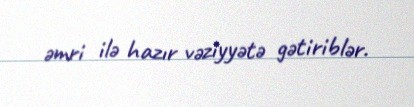
əmri ilə hazır vəziyyətə gətiriblər.